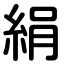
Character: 絹